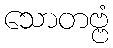
သောတဗ္ဗံ